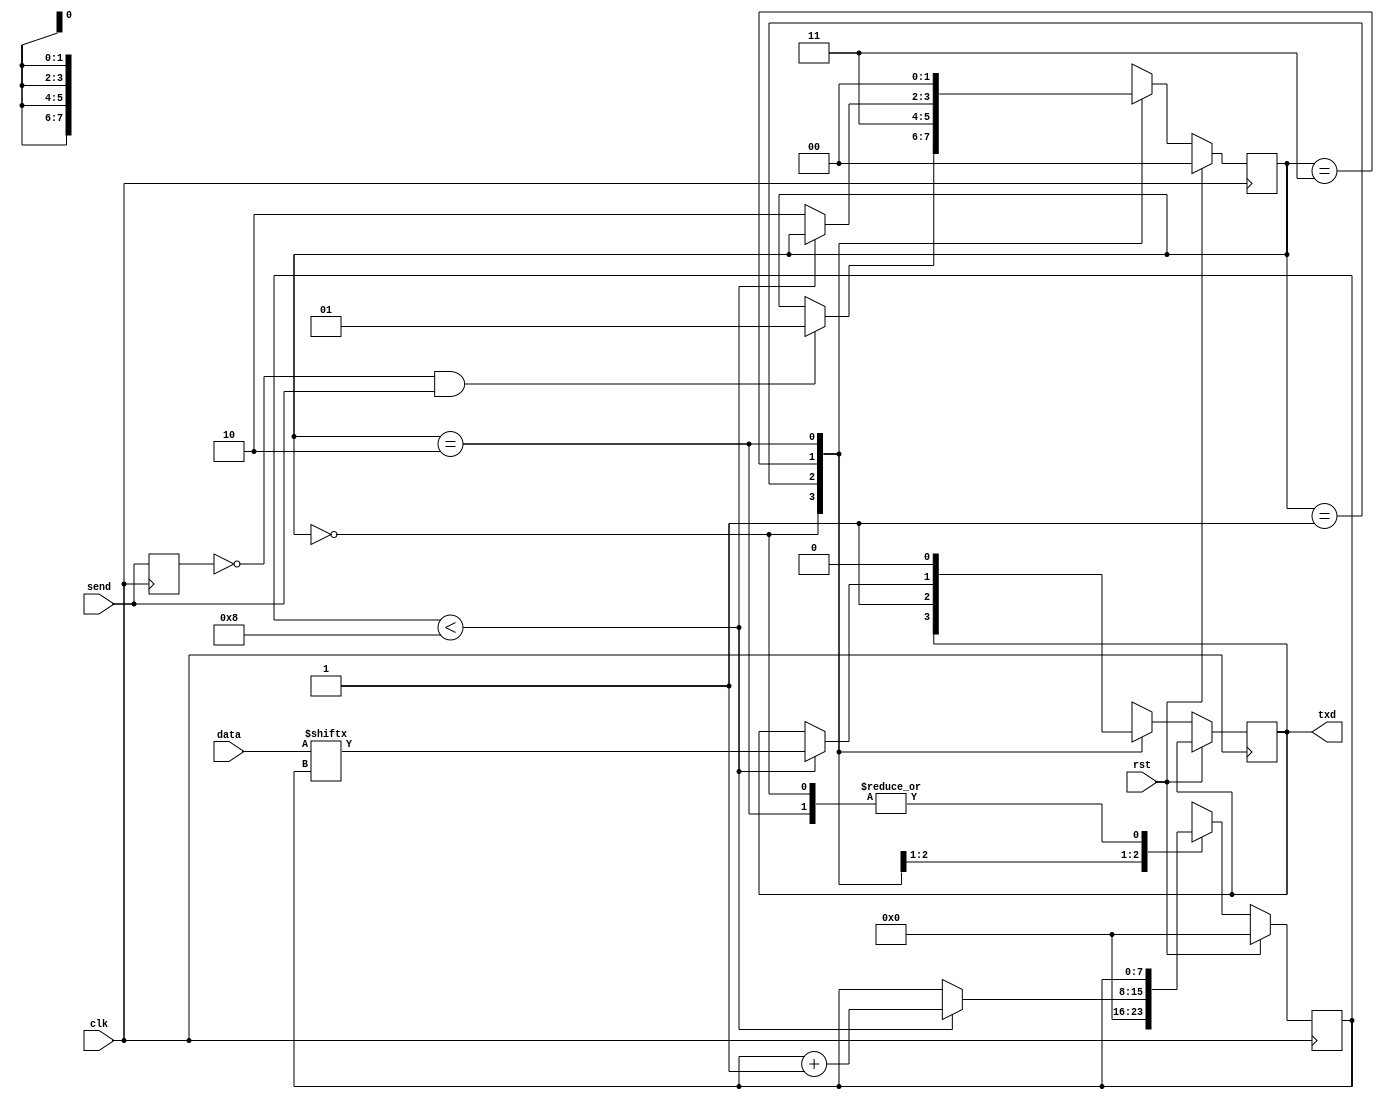
module serializer_4 #(
        parameter   WIDTH = 8
    )(
        input [WIDTH - 1:0] data,
        input               rst,
        input               clk,
        input               send,
        output              txd
    );  
    localparam s0 = 2'b00;
    localparam s1 = 2'b01;
    localparam s2 = 2'b11;
    localparam s3 = 2'b10;
    reg [1:0]           state       = s0;
    reg                 l_send      = 0;
    reg [WIDTH - 1:0]   data_buf    = 0;
    reg                 txd_buf     = 0;
    assign txd = txd_buf;
    reg [7:0]           bit_index = 0;
    always@(posedge clk)
    begin
        if(rst)
        begin
            state = s0;
            bit_index = 0;
        end
        else
        begin
            case(state)
            s0:
            begin
                if(l_send == 0 && send == 1)
                begin
                    data_buf = data;
                    state = s1;
                end
            end
            s1:
            begin
                bit_index = 0;
                txd_buf = 1;
                state = s2;
            end
            s2:
            begin
                if(bit_index < WIDTH)
                begin
                    txd_buf = data[bit_index];
                    bit_index = bit_index + 1;
                end
                else state = s3;
            end
            s3:
            begin
                txd_buf = 0;
                state = s0;
            end
            endcase
        end
        l_send = send;
    end
endmodule